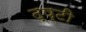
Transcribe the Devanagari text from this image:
द्ष्टी